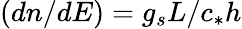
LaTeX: (dn/dE)=g_{s}L/c_{*}h